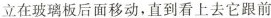
立在玻璃板后面移动，直到看上去它跟前